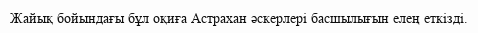
Жайық бойындағы бұл оқиға Астрахан әскерлері басшылығын елең еткізді.